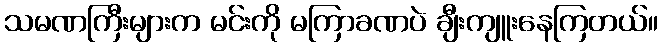
သမဏကြီးများက မင်းကို မကြာခဏပဲ ချီးကျူးနေကြတယ်။